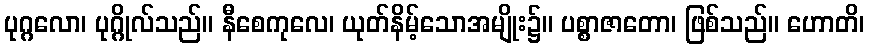
ပုဂ္ဂလော၊ ပုဂ္ဂိုလ်သည်။ နီစေကုလေ၊ ယုတ်နိမ့်သောအမျိုး၌။ ပစ္စာဇာတော၊ ဖြစ်သည်။ ဟောတိ၊